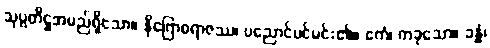
သုပ္ပတိဋ္ဌအမည်ရှိသော။ နိဂြောဓရာဇဿ၊ ပညောင်ပင်မင်း၏။ ဧကံ၊ တခုသော။ ခန္ဓံ၊